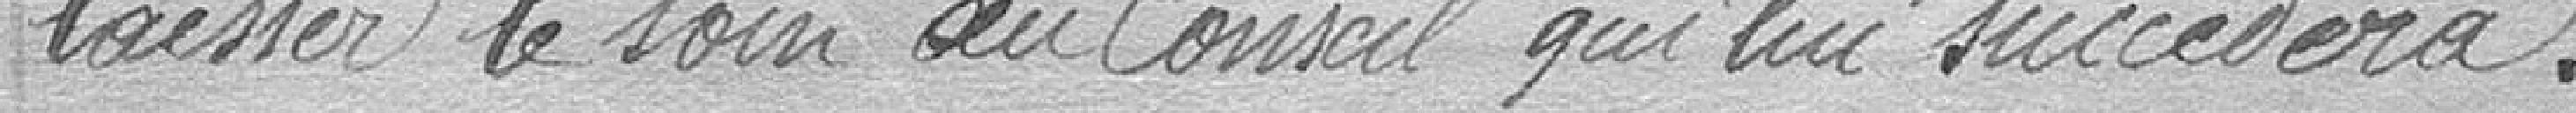
laisser le soin au Conseil qui lui succédera.